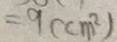
= 9 ( c m ^ { 2 } )